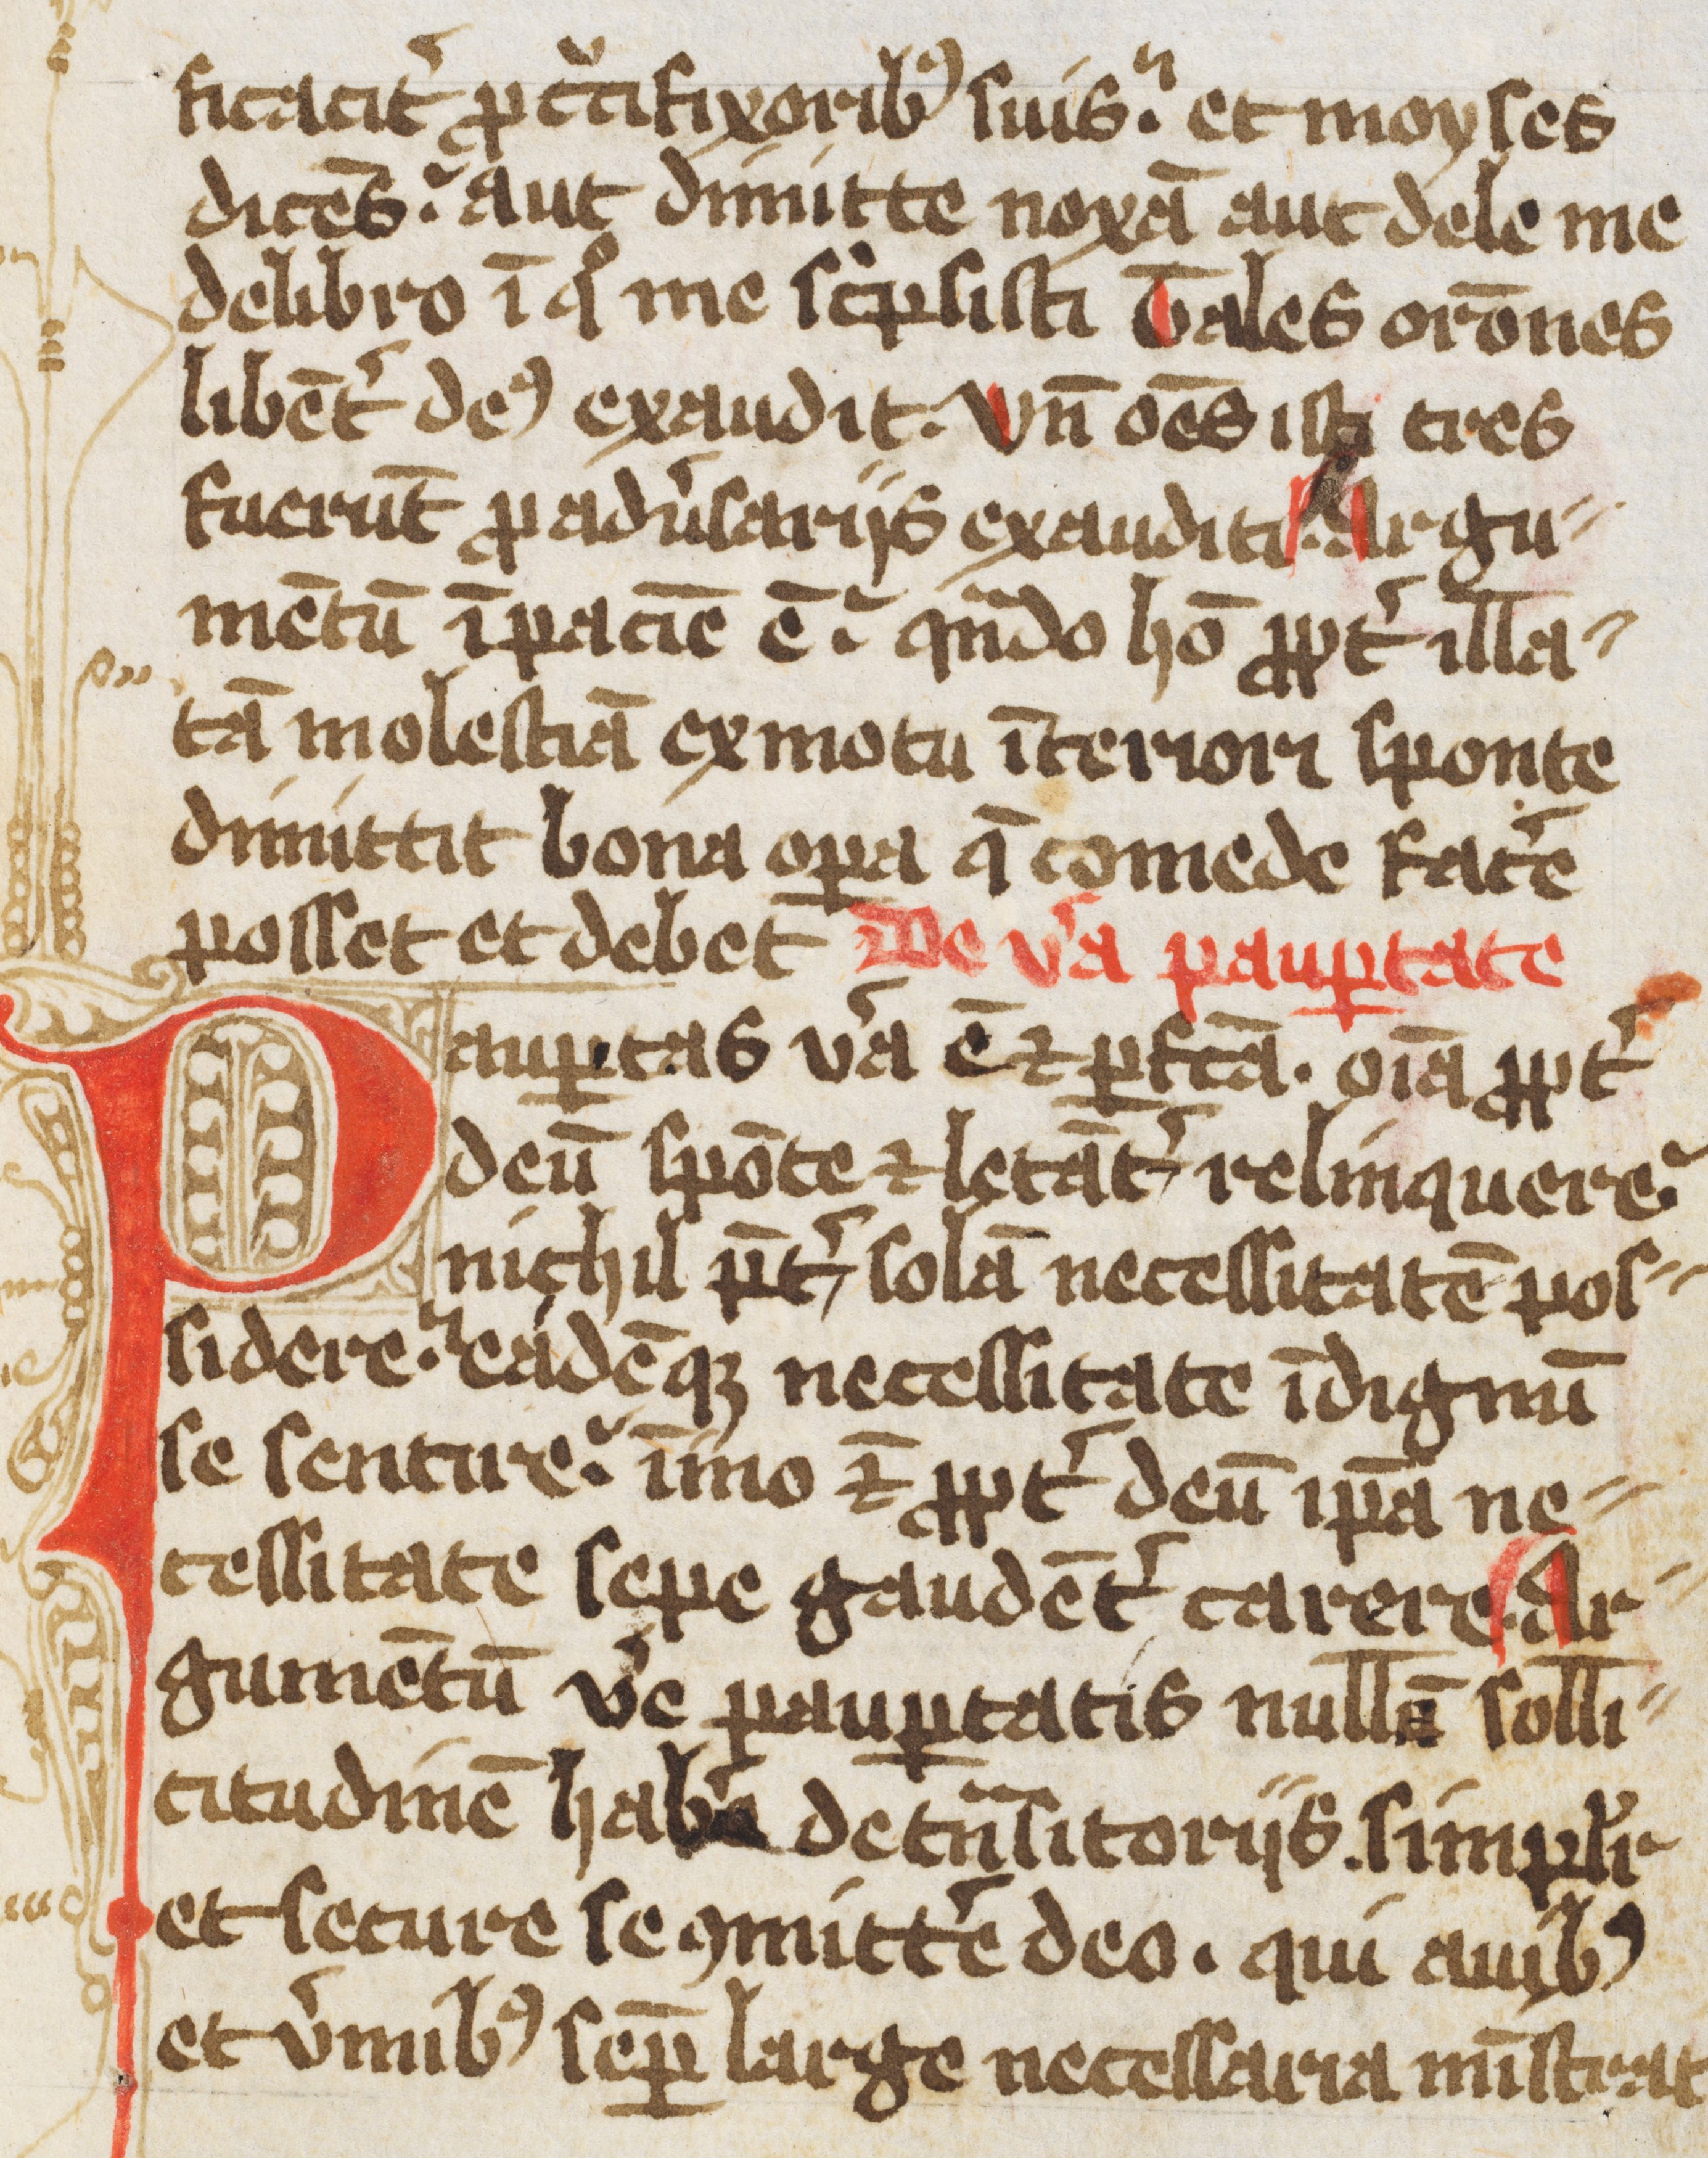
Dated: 1400–1499